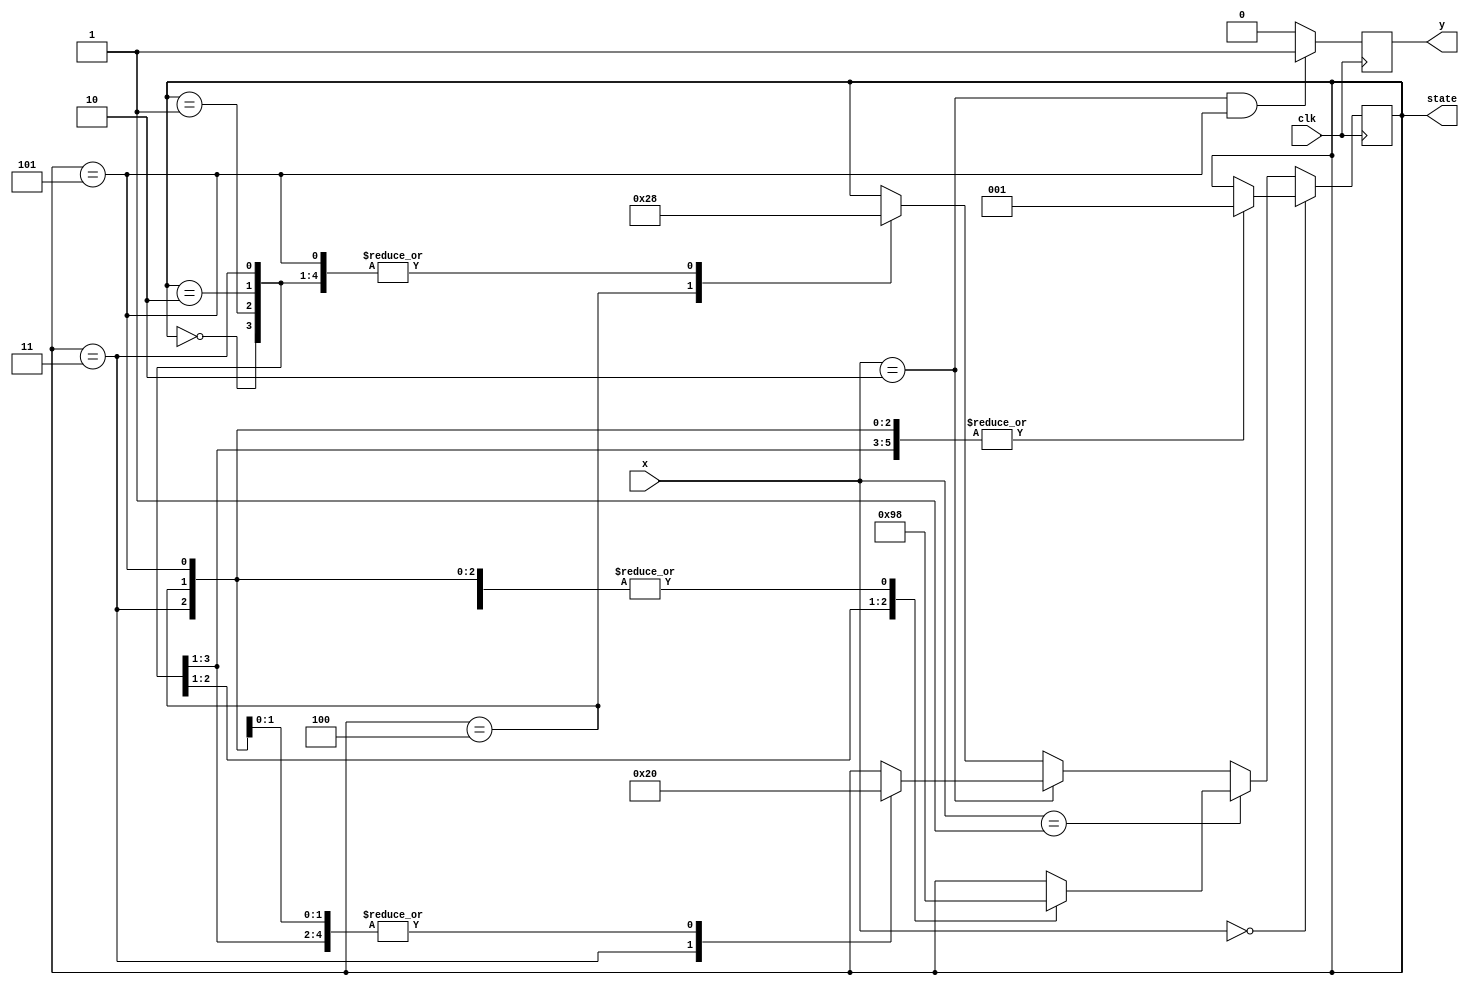
module dna(y,state,x,clk);

input clk;
input [1:0] x;
output reg y;

output reg[2:0] state =3'b000;

parameter NULL=3'b000, S1=3'b001, S2=3'b010 , S3=3'b011, S4=3'b100, S5=3'b101;

parameter A=2'b00, T=2'b01, C=2'b10, G=2'b11;

always @ (posedge clk)
begin 
if (x == A)
            case (state)
            NULL:  state <= S1;
              S1:  state <= S1;
              S2:  state <= S1;
              S3:  state <= S1;
              S4:  state <= S1;
              S5:  state <= S1;                            
            endcase
else if (x == T)
            case (state)
            NULL:  state <= NULL;
              S1:  state <= S2;
              S2:  state <= S3;
              S3:  state <= NULL;
              S4:  state <= NULL;
              S5:  state <= NULL;
             endcase
else if (x == C)
            case (state)
            NULL:  state <= NULL;
              S1:  state <= NULL;
              S2:  state <= NULL;
              S3:  state <= S4;
              S4:  state <= NULL;
              S5:  state <= NULL;
            endcase
else
            case (state)
            NULL:  state <= NULL;
              S1:  state <= NULL;
              S2:  state <= NULL;
              S3:  state <= NULL;
              S4:  state <= S5;
              S5:  state <= NULL;
            endcase
if ((x == C) && (state == S5)) y <= 1;
else y <= 0;
end        
endmodule